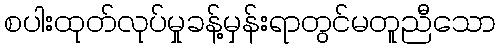
စပါးထုတ်လုပ်မှုခန့်မှန်းရာတွင်မတူညီသော